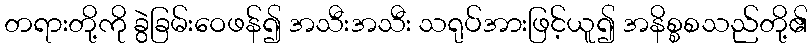
တရားတို့ကို ခွဲခြမ်းဝေဖန်၍ အသီးအသီး သရုပ်အားဖြင့်ယူ၍ အနိစ္စစသည်တို့၏